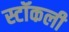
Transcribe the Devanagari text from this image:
स्टॉकली